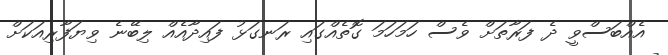
އެއްބަސްވީ ދެ ފަރާތަށް ވެސް ހަމަހަމަ ގޮތެއްގައި ރަނގަޅު ފައިދާއެއް ލިބޭނެ ވިޔަފާރިއަކަށް